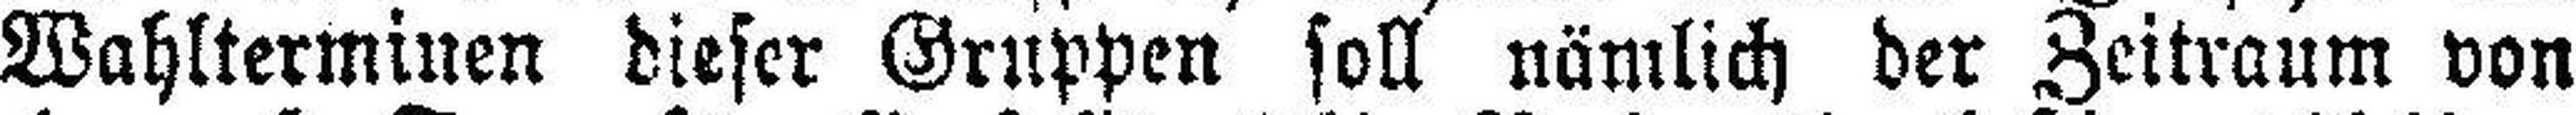
Wahlterminen dieser Gruppen soll nämlich der Zeitraum von